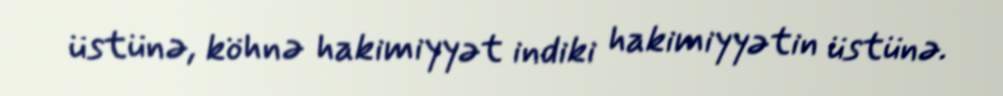
üstünə, köhnə hakimiyyət indiki hakimiyyətin üstünə.